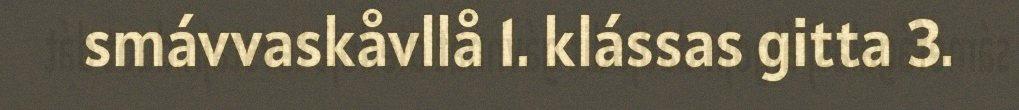
smávvaskåvllå 1. klássas gitta 3.